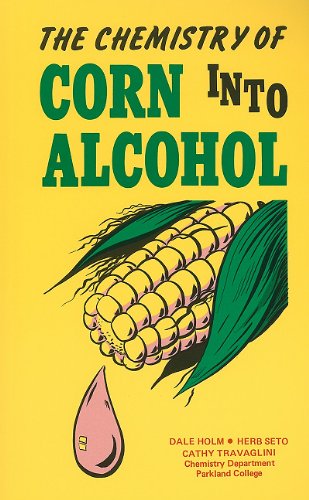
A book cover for Chemistry of Corn into Alcohol; Dale Holm; Science & Math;